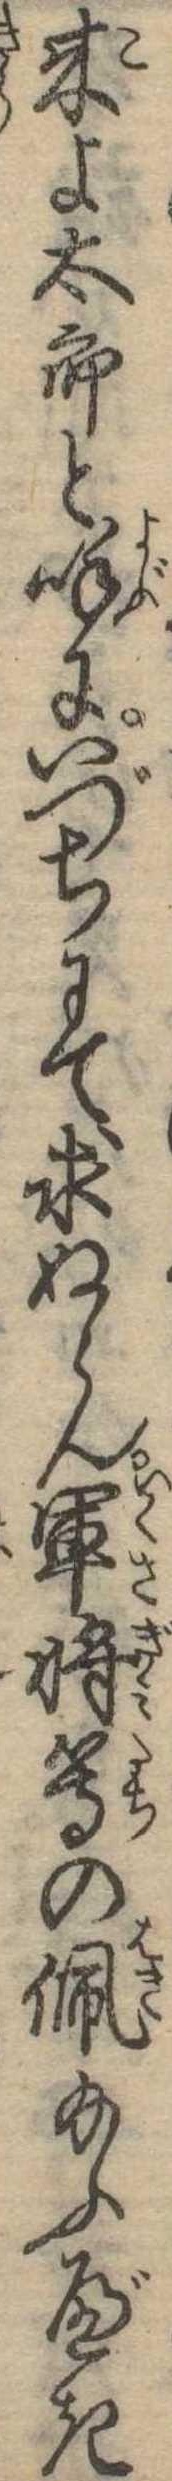
来よ太郎と呼にいづちにて求ぬらん軍将等の佩給ふべき